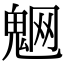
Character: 䰣